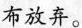
布放弃。